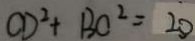
C D ^ { 2 } + B O ^ { 2 } = 2 0